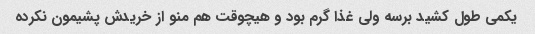
یکمی طول کشید برسه ولی غذا گرم بود و هیچوقت هم منو از خریدش پشیمون نکرده